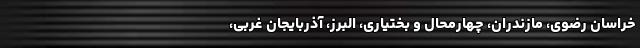
خراسان رضوی، مازندران، چهارمحال و بختیاری، البرز، آذربایجان غربی،